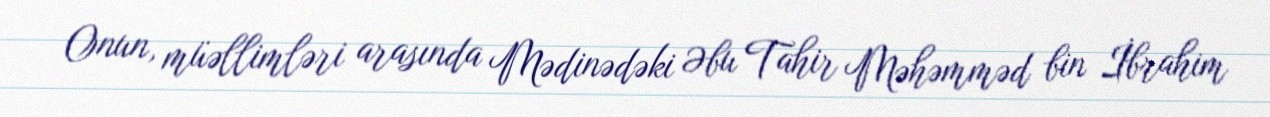
Onun, müəllimləri arasında Mədinədəki Əbu Tahir Məhəmməd bin İbrahim